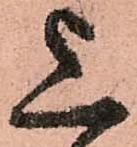
上